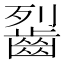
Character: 䶛